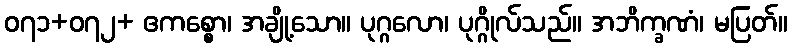
၀၇၁+၀၇၂+ ဧကစ္စော၊ အချို့သော။ ပုဂ္ဂလော၊ ပုဂ္ဂိုလ်သည်။ အဘိက္ခဏံ၊ မပြတ်။